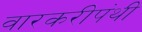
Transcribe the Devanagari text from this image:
वारकरीपंथी